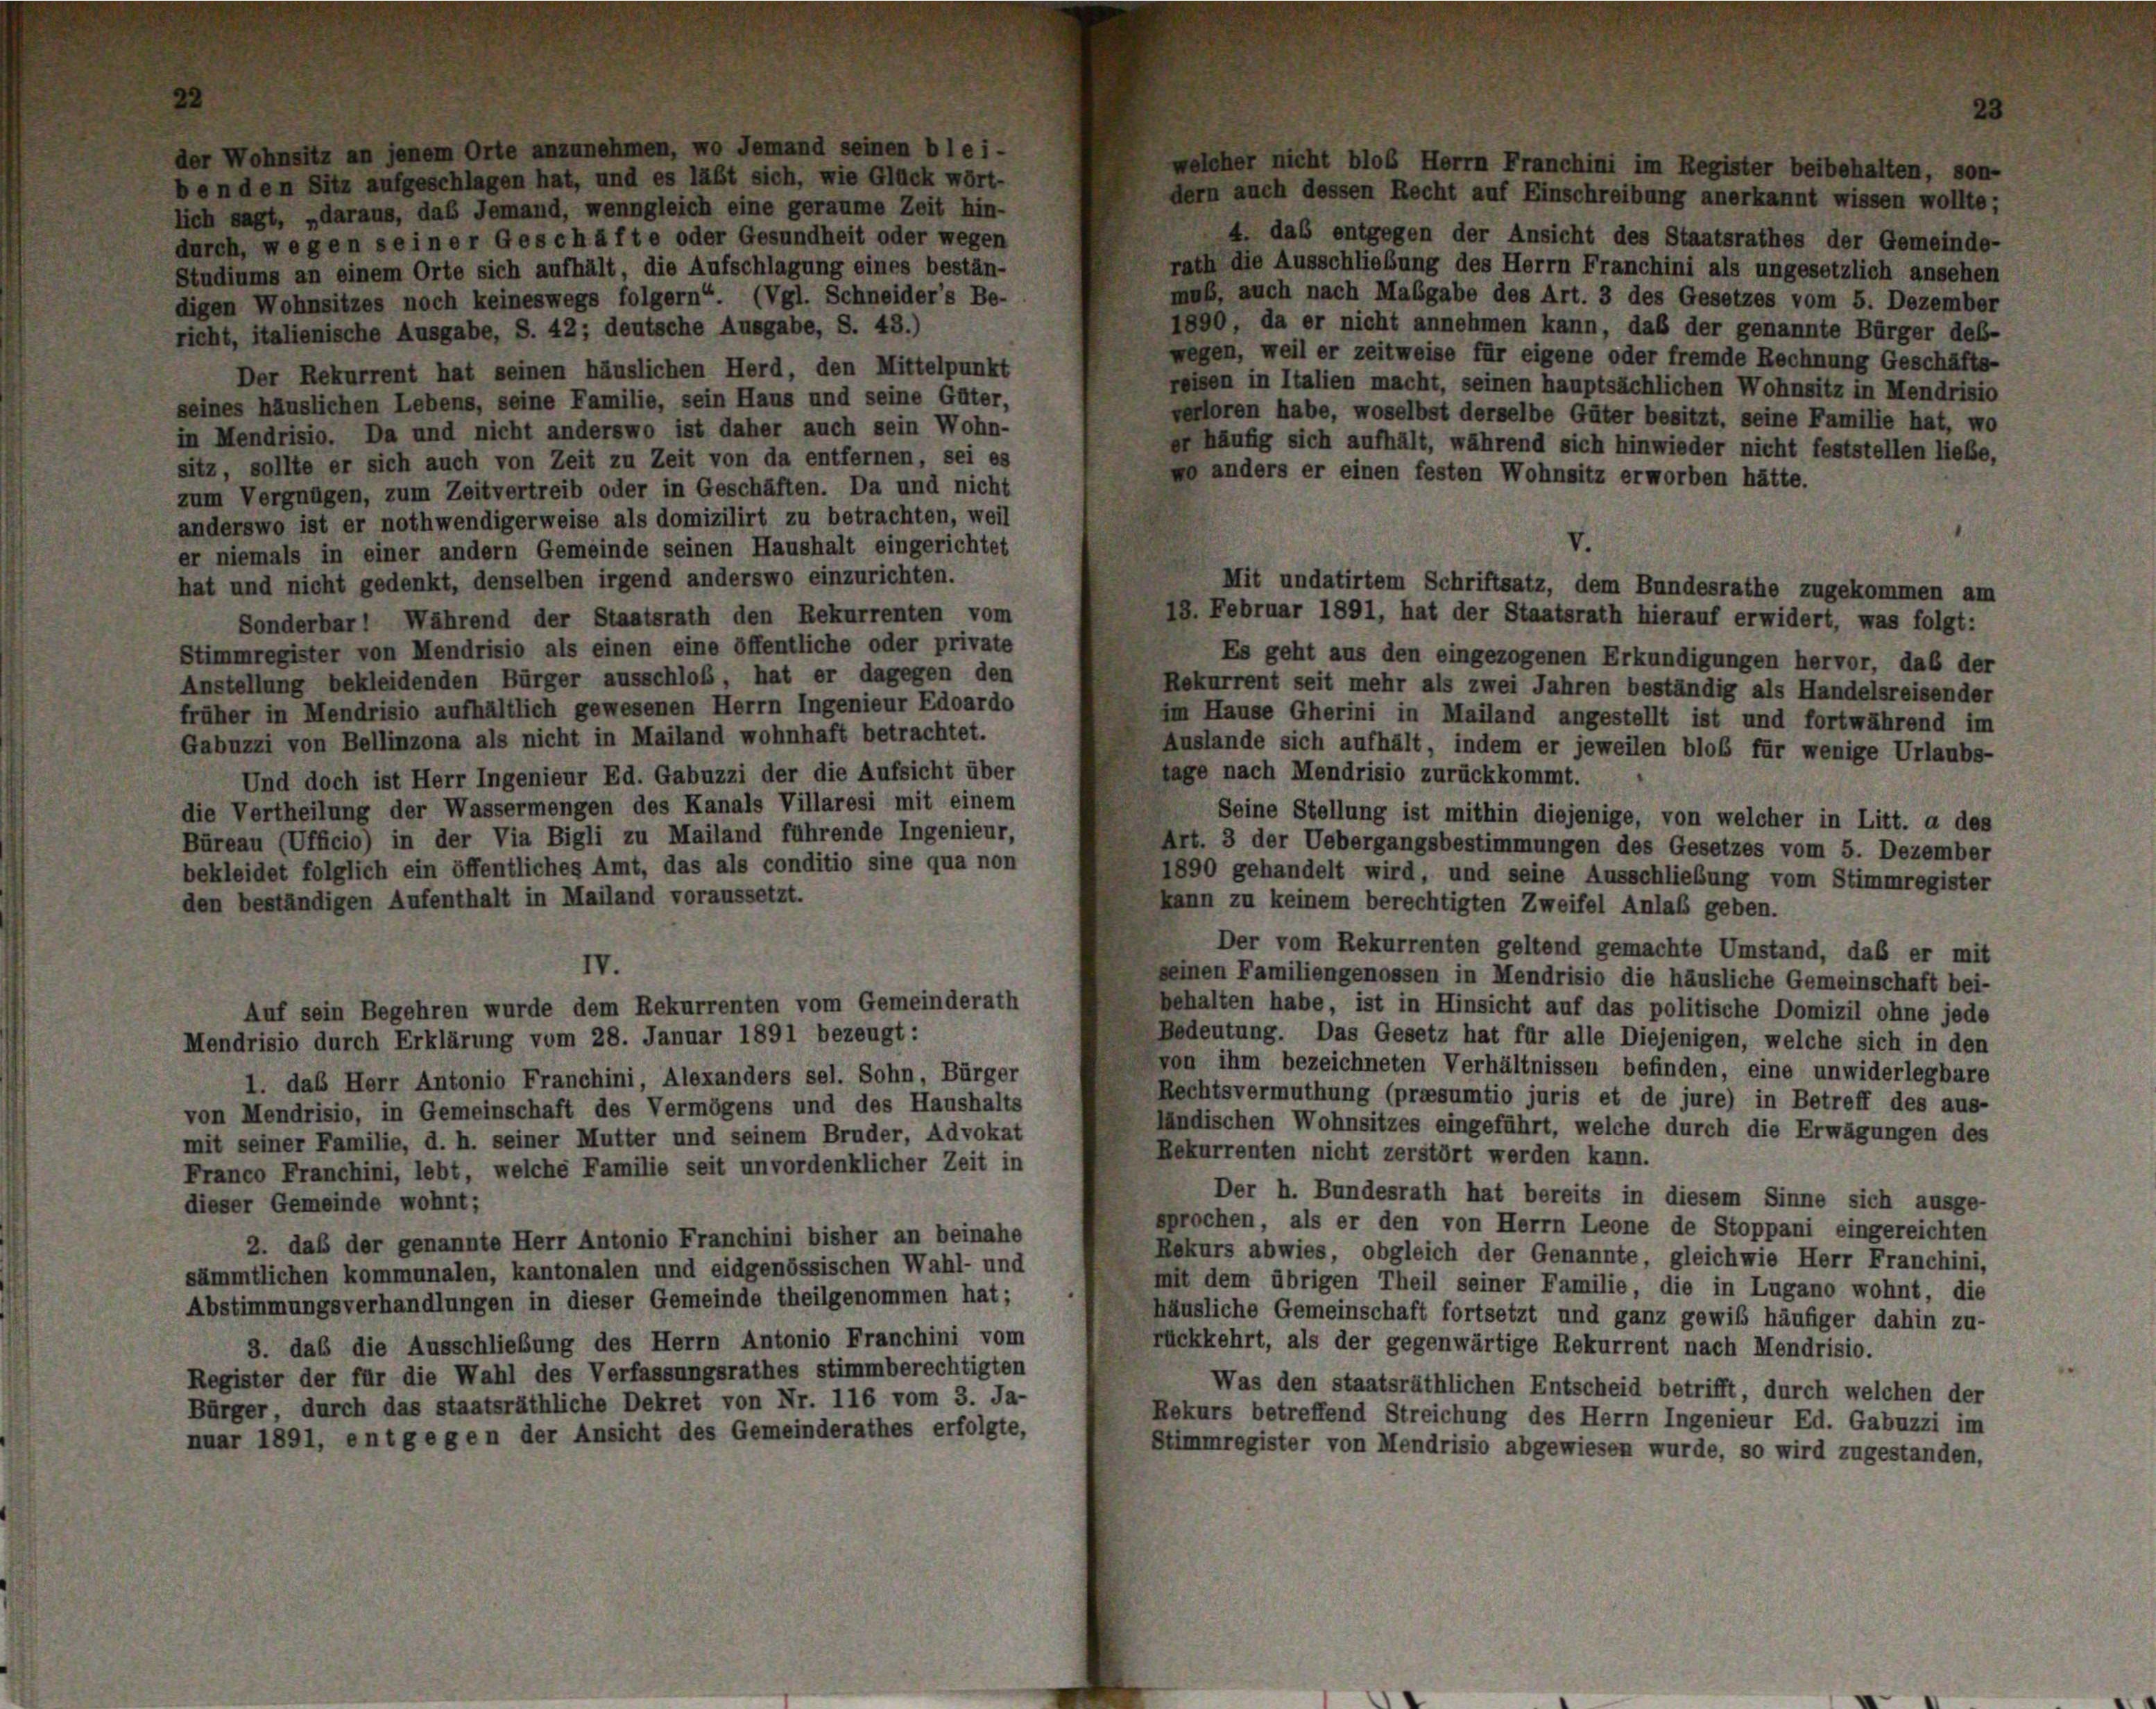
blob Herrn Franchin

i im B

egister beibe

halten, son-

dern auch dessen Recht auf Einschreibung anerkannt wissen wollte;
lich sagt, „daraus, das Jemand, wenngleich eine geraume Zeit hin-
4. das entgegen der Ansicht des Staatsrathes der Gemeinde-
durch, wegen seiner Geschäfte oder Gesundheit oder wegen
rath die Ausschließung des Herrn Franchini als ungesetzlich ansehen
Studiums an einem Orte sich aufhält, die Aufschlagung eines bestän-
muß, auch nach Mabgabe des Art. 3 des Gesetzes vom 5. Dezember
digen Wohnsitzes noch keineswegs folgern“. (Vgl. Schneider’s Be-
1890, da er nicht annehmen kann, daß der genannte Bürger deb-
richt, italienische Ausgabe, S. 42; deutsche Ausgabe, S. 43.)
wegen, weil er zeitweise für eigene oder fremde Rechnung Geschäfts-
Der Rekurrent hat seinen häuslichen Herd, den Mittelpunkt
reisen in Italien macht, seinen hauptsächlichen Wohnsitz in Mendrisio
seines häuslichen Lebens, seine Familie, sein Haus und seine Güter,
verloren habe, woselbst derselbe Güter besitzt, seine Familie hat, wo
in Mendrisio. Da und nicht anderswo ist daher auch sein Wohn-
er häufig sich aufhält, während sich hinwieder nicht feststellen liebe,
sitz, sollte er sich auch von Zeit zu Zeit von da entfernen, sei es
pe anders er einen festen Wohnsitz erworben hätte.
zum Vergnügen, zum Zeitvertreib oder in Geschäften. Da und nicht
anderswo ist er nothwendigerweise als domizilirt zu betrachten, weil
er niemals in einer andern Gemeinde seinen Haushalt eingerichtet
hat und nicht gedenkt, denselben irgend anderswo einzurichten.
Mit undatirtem Schriftsatz, dem Bundesrathe zugekommen am
18. Februar 1891, hat der Staatsrath hierauf erwidert, was folgt:
Sonderbar! Während der Staatsrath den Rekurrenten vom
Stimmregister von Mendrisio als einen eine öffentliche oder private
Es geht aus den eingezogenen Erkundigungen hervor, daß der
Anstellung bekleidenden Bürger ausschloß, hat er dagegen den
Rekurrent seit mehr als zwei Jahren beständig als Handelsreisender
früher in Mendrisio aufhältlich gewesenen Herrn Ingenieur Edoardo
m Hause Gherini in Mailand angestellt ist und fortwährend im
Gabuzzi von Bellinzona als nicht in Mailand wohnhaft betrachtet.
Auslande sich aufhält, indem er jeweilen bloß für wenige Urlaubs-
sage nach Mendrisio zurückkommt.
Und doch ist Herr Ingenieur Ed. Gabuzzi der die Aufsicht über
die Vertheilung der Wassermengen des Kanals Villaresi mit einem
Seine Stellung ist mithin diejenige, von welcher in Litt. a des
Büreau (Ufficio) in der Via Bigli zu Mailand führende Ingenieur,
Art. 3 der Uebergangsbestimmungen des Gesetzes vom 5. Dezember
bekleidet folglich ein öffentliches Amt, das als conditio sine qua non
1890 gehandelt wird, und seine Ausschließung vom Stimmregister
den beständigen Aufenthalt in Mailand voraussetzt.
kann zu keinem berechtigten Zweifel Anlaß geben.
Der vom Rekurrenten geltend gemachte Umstand, daß er mit
IV.
seinen Familiengenossen in Mendrisio die häusliche Gemeinschaft bei-
behalten habe, ist in Hinsicht auf das politische Domizil ohne jede
Auf sein Begehren wurde dem Rekurrenten vom Gemeinderath
Bedeutung. Das Gesetz hat für alle Diejenigen, welche sich in den
Mendrisio durch Erklärung vom 28. Januar 1891 bezeugt :
von ihm bezeichneten Verhältnissen befinden, eine unwiderlegbare
1. das Herr Antonio Franchini, Alexanders sel. Sohn, Bürger
Rechtsvermuthung (praesumtio juris et de jure) in Betreff des aus-
von Mendrisio, in Gemeinschaft des Vermögens und des Haushalts
ländischen Wohnsitzes eingefährt, welche durch die Erwägungen des
mit seiner Familie, d. h. seiner Mutter und seinem Bruder, Advokat
Rekurrenten nicht zerstört werden kann.
Franco Franchini, lebt, welche Familie seit unvordenklicher Zeit in
Der h. Bundesrath hat bereits in diesem Sinne sich ausge-
dieser Gemeinde wohnt;
sprochen, als er den von Herrn Leone de Stoppani eingereichten
2. daß der genannte Herr Antonio Franchini bisher an beinahe
Rekurs abwies, obgleich der Genannte, gleichwie Herr Franchini,
sämmtlichen kommunalen, kantonalen und eidgenössischen Wahl- und
mit dem übrigen Theil seiner Familie, die in Lugano wohnt, die
Abstimmungsverhandlungen in dieser Gemeinde theilgenommen hat;
häusliche Gemeinschaft fortsetzt und ganz gewiß häufiger dahin zu-
3. das die Ausschließung des Herrn Antonio Franchini vom
rückkehrt, als der gegenwärtige Rekurrent nach Mendrisio.
Register der für die Wahl des Verfassungsrathes stimmberechtigten
Was den staatsräthlichen Entscheid betrifft, durch welchen der
Bürger durch das staatsräthliche Dekret von Nr. 116 vom 3. Ja-
Rekurs betreffend Streichung des Herrn Ingenieur Ed. Gabuzzi im
nuar 1891, entgegen der Ansicht des Gemeinderathes erfolgte,
Stimmregister von Mendrisio abgewiesen wurde, so wird zugestanden,